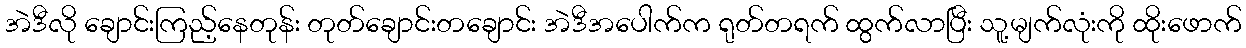
အဲဒီလို ချောင်းကြည့်နေတုန်း တုတ်ချောင်းတချောင်း အဲဒီအပေါက်က ရုတ်တရက် ထွက်လာပြီး သူ့မျက်လုံးကို ထိုးဖောက်